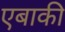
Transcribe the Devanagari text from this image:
एबाकी